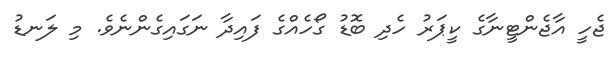
ޖެހީ އާޖެންޓީނާގެ ކީޕަރު ހެދި ބޮޑު ގޯހެއްގެ ފައިދާ ނަގައިގެންނެވެ. މި ލަނޑު